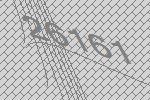
26161